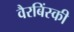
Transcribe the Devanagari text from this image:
वैरबिंस्की